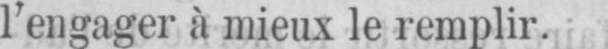
l’engager à mieux le remplir.